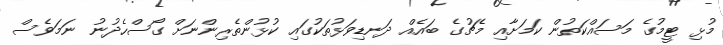
މުޅި ޓީމުގެ މަސައްކަތުން ކަމަށާއި މެޗުގެ ބައެއް ދަނޑިވަޅުތަކުގައި ކުޅުންތެރިންނަށް ގޯސްހެދުނު ނަމަވެސް